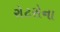
રોટરોના